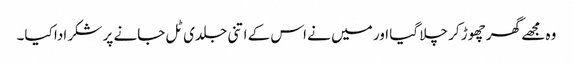
وہ مجھے گھر چھوڑ کر چلا گیا اور میں نے اس کے اتنی جلدی ٹل جانے پر شکر ادا کیا۔